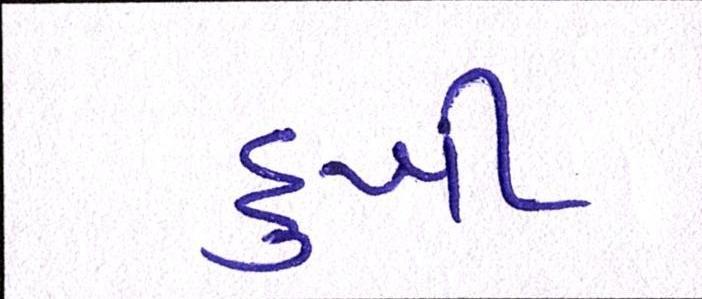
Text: દુખી